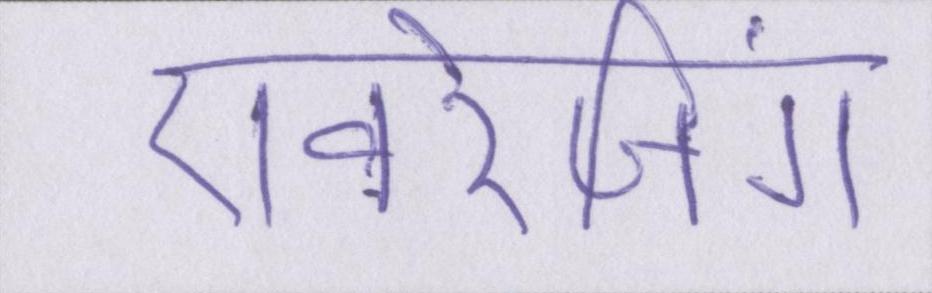
एवरेजिंग